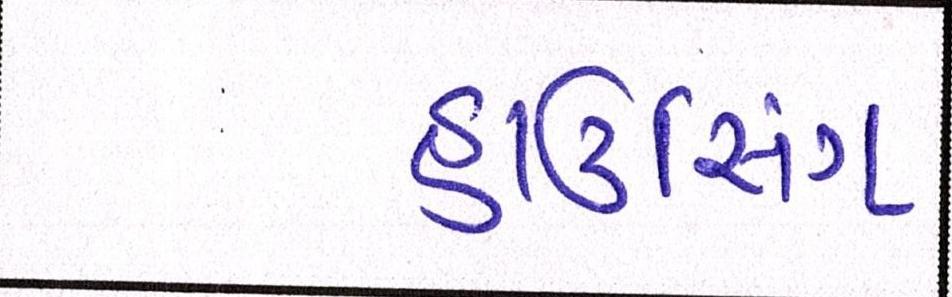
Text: હાઉસિંગ